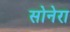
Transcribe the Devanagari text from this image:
सोनेरा